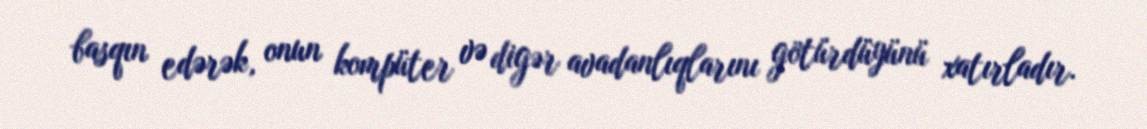
basqın edərək, onun kompüter və digər avadanlıqlarını götürdüyünü xatırladır.